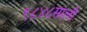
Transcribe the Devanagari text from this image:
१८४८साली